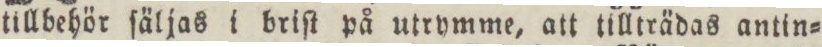
tillbehör ſäljas i briſt på utrymme, att tillträdas antin=